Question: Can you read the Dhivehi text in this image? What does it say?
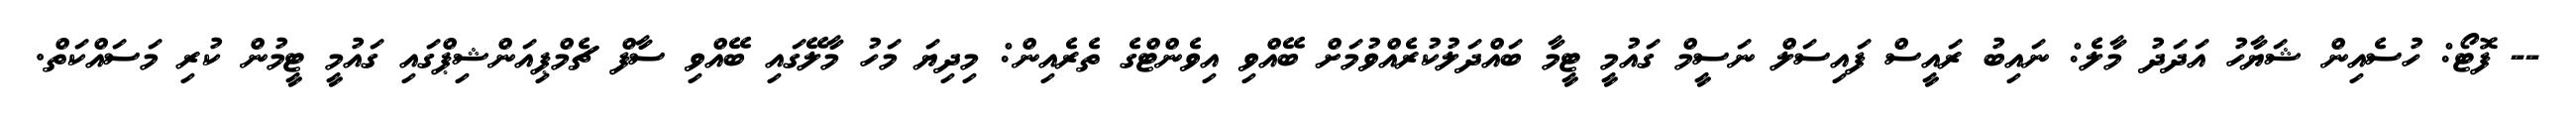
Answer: -- ފޮޓޯ: ހުސެއިން ޝަޔާހު އަދަދު މާލެ: ނައިބު ރައީސް ފައިސަލް ނަސީމް ގައުމީ ޓީމާ ބައްދަލުކުރެއްވުމަށް ބޭއްވި އިވެންޓްގެ ތެރެއިން: މިދިޔަ މަހު މާލޭގައި ބޭއްވި ސާފް ޗެމްޕިއަންޝިޕްގައި ގައުމީ ޓީމުން ކުރި މަސައްކަތް.